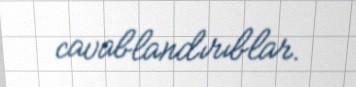
cavablandırıblar.